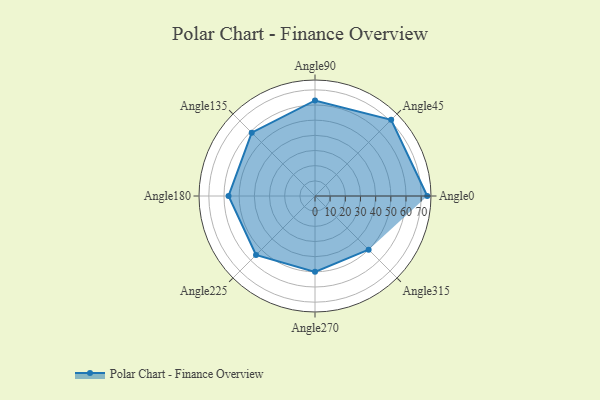
{"axis": {"x": "Angle", "y": "Radius"}, "legend": [""], "data": [{"x": "Angle0", "y": 74.0, "type": ""}, {"x": "Angle45", "y": 71.0, "type": ""}, {"x": "Angle90", "y": 63.0, "type": ""}, {"x": "Angle135", "y": 59.0, "type": ""}, {"x": "Angle180", "y": 57.0, "type": ""}, {"x": "Angle225", "y": 55.0, "type": ""}, {"x": "Angle270", "y": 50, "type": ""}, {"x": "Angle315", "y": 50, "type": ""}]}